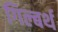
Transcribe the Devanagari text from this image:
गिल्बर्थ